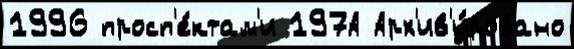
1996 просп'е́ктам'и 197А Арх'ив'и́ровано